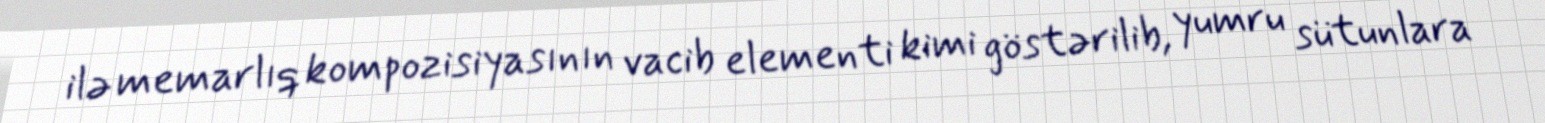
ilə memarlıq kompozisiyasının vacib elementi kimi göstərilib, yumru sütunlara